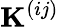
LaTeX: \mathbf{K}^{(ij)}